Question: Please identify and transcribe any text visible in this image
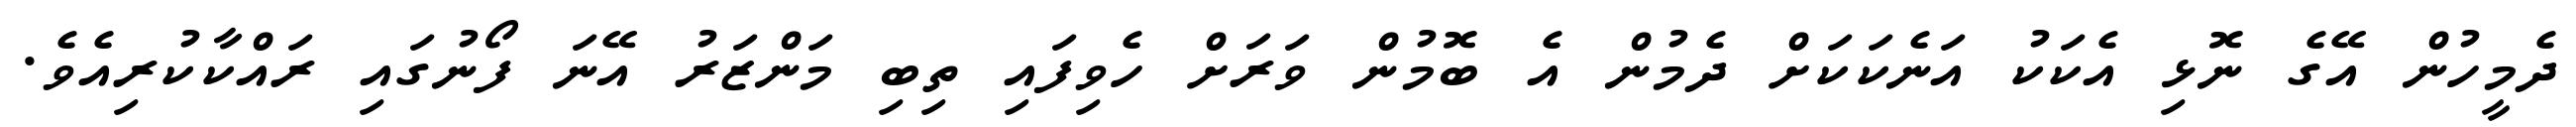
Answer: ދެމީހުން އޭގެ ނޮޅި އެކަކު އަނެކަކަށް ދެމުން އެ ބޮމުން ވަރަށް ހެވިފައި ތިބި މަންޒަރު އޭނަ ފޯނުގައި ރައްކާކުރިއެވެ.